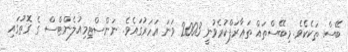
ބޭސް ތަކެކެވެ. މިބޭސްތައް ތަޢާރަފްކުރެވުނީ 2003 ވަނަ އަހަރުގައެވެ. ނަންސްޓިމިއުލެންޓްސް ގެ ގޮތުގައި